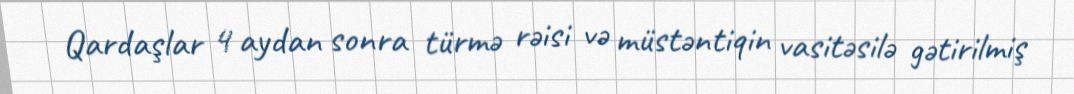
Qardaşlar 4 aydan sonra türmə rəisi və müstəntiqin vasitəsilə gətirilmiş